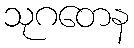
သုဂတေန